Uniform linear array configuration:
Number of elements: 32
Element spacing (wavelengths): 0.25
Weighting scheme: binomial
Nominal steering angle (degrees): -15
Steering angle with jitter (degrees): -16.103
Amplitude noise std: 0.05
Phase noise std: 0.05

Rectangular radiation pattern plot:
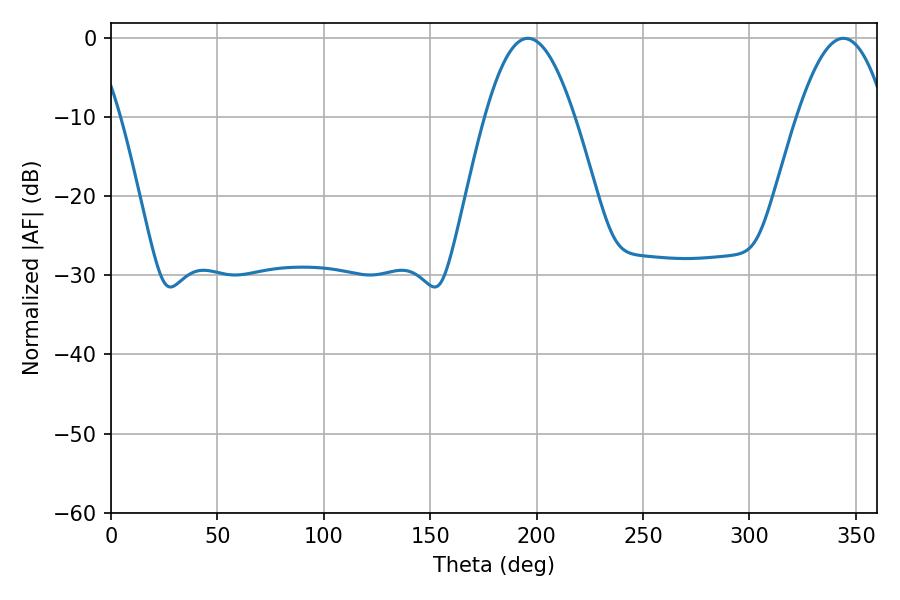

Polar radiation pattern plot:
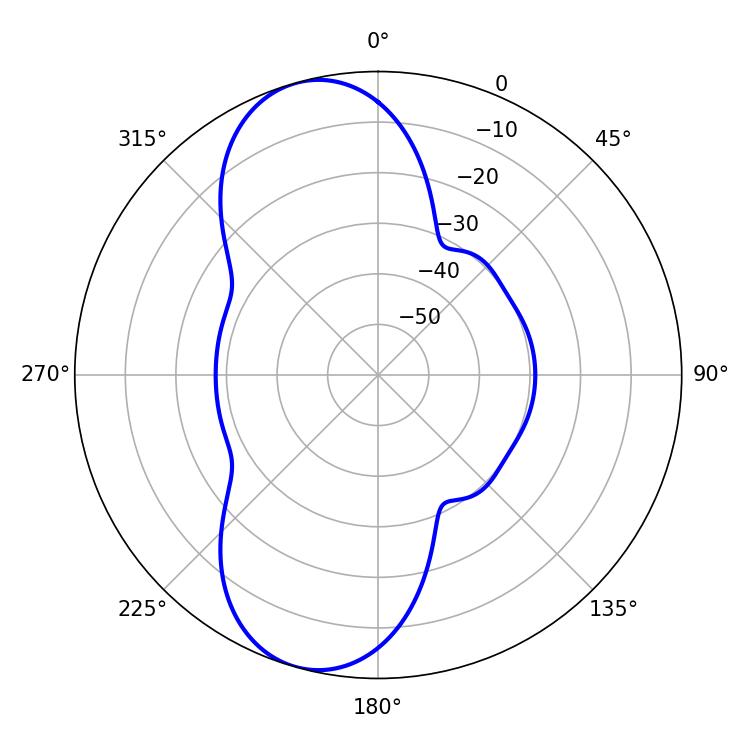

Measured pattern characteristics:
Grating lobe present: FALSE
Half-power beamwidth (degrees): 22.86
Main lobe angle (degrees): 195.84